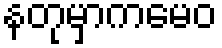
နတုမှာကမေဝ